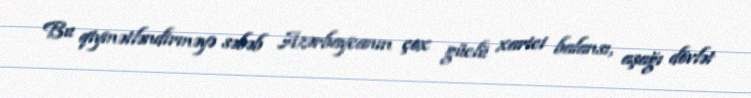
Bu qiymətləndirməyə səbəb Azərbaycanın çox güclü xarici balansı, aşağı dövlət